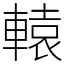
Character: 轅